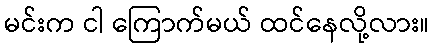
မင်းက ငါ ကြောက်မယ် ထင်နေလို့လား။